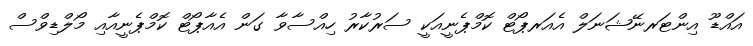
އައްޑޫ އިންޓަރނޭޝަނަލް އެއަރޕޯޓް ކޮމްޕެނީއަކީ ސަރުކާރު ހިއްސާވާ ގަން އެއާޕޯޓް ކޮމްޕެނީއާއި މޯލްޑިވްސް